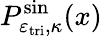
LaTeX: P_{\varepsilon_{\mathrm{tri}},\kappa}^{\sin}(x)